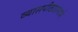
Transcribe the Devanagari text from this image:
व्यासपीठाप्रमाणे